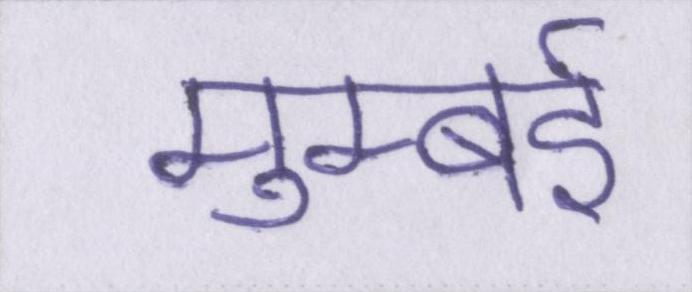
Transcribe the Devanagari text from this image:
मुम्बई